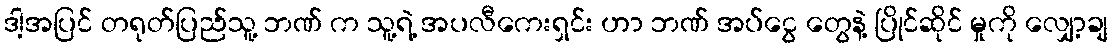
ဒါ့အပြင် တရုတ်ပြည်သူ့ ဘဏ် က သူ့ရဲ့ အပလီကေးရှင်း ဟာ ဘဏ် အပ်ငွေ တွေနဲ့ ပြိုင်ဆိုင် မှုကို လျှော့ချ